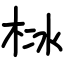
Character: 栤